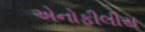
એનોફીલીસ